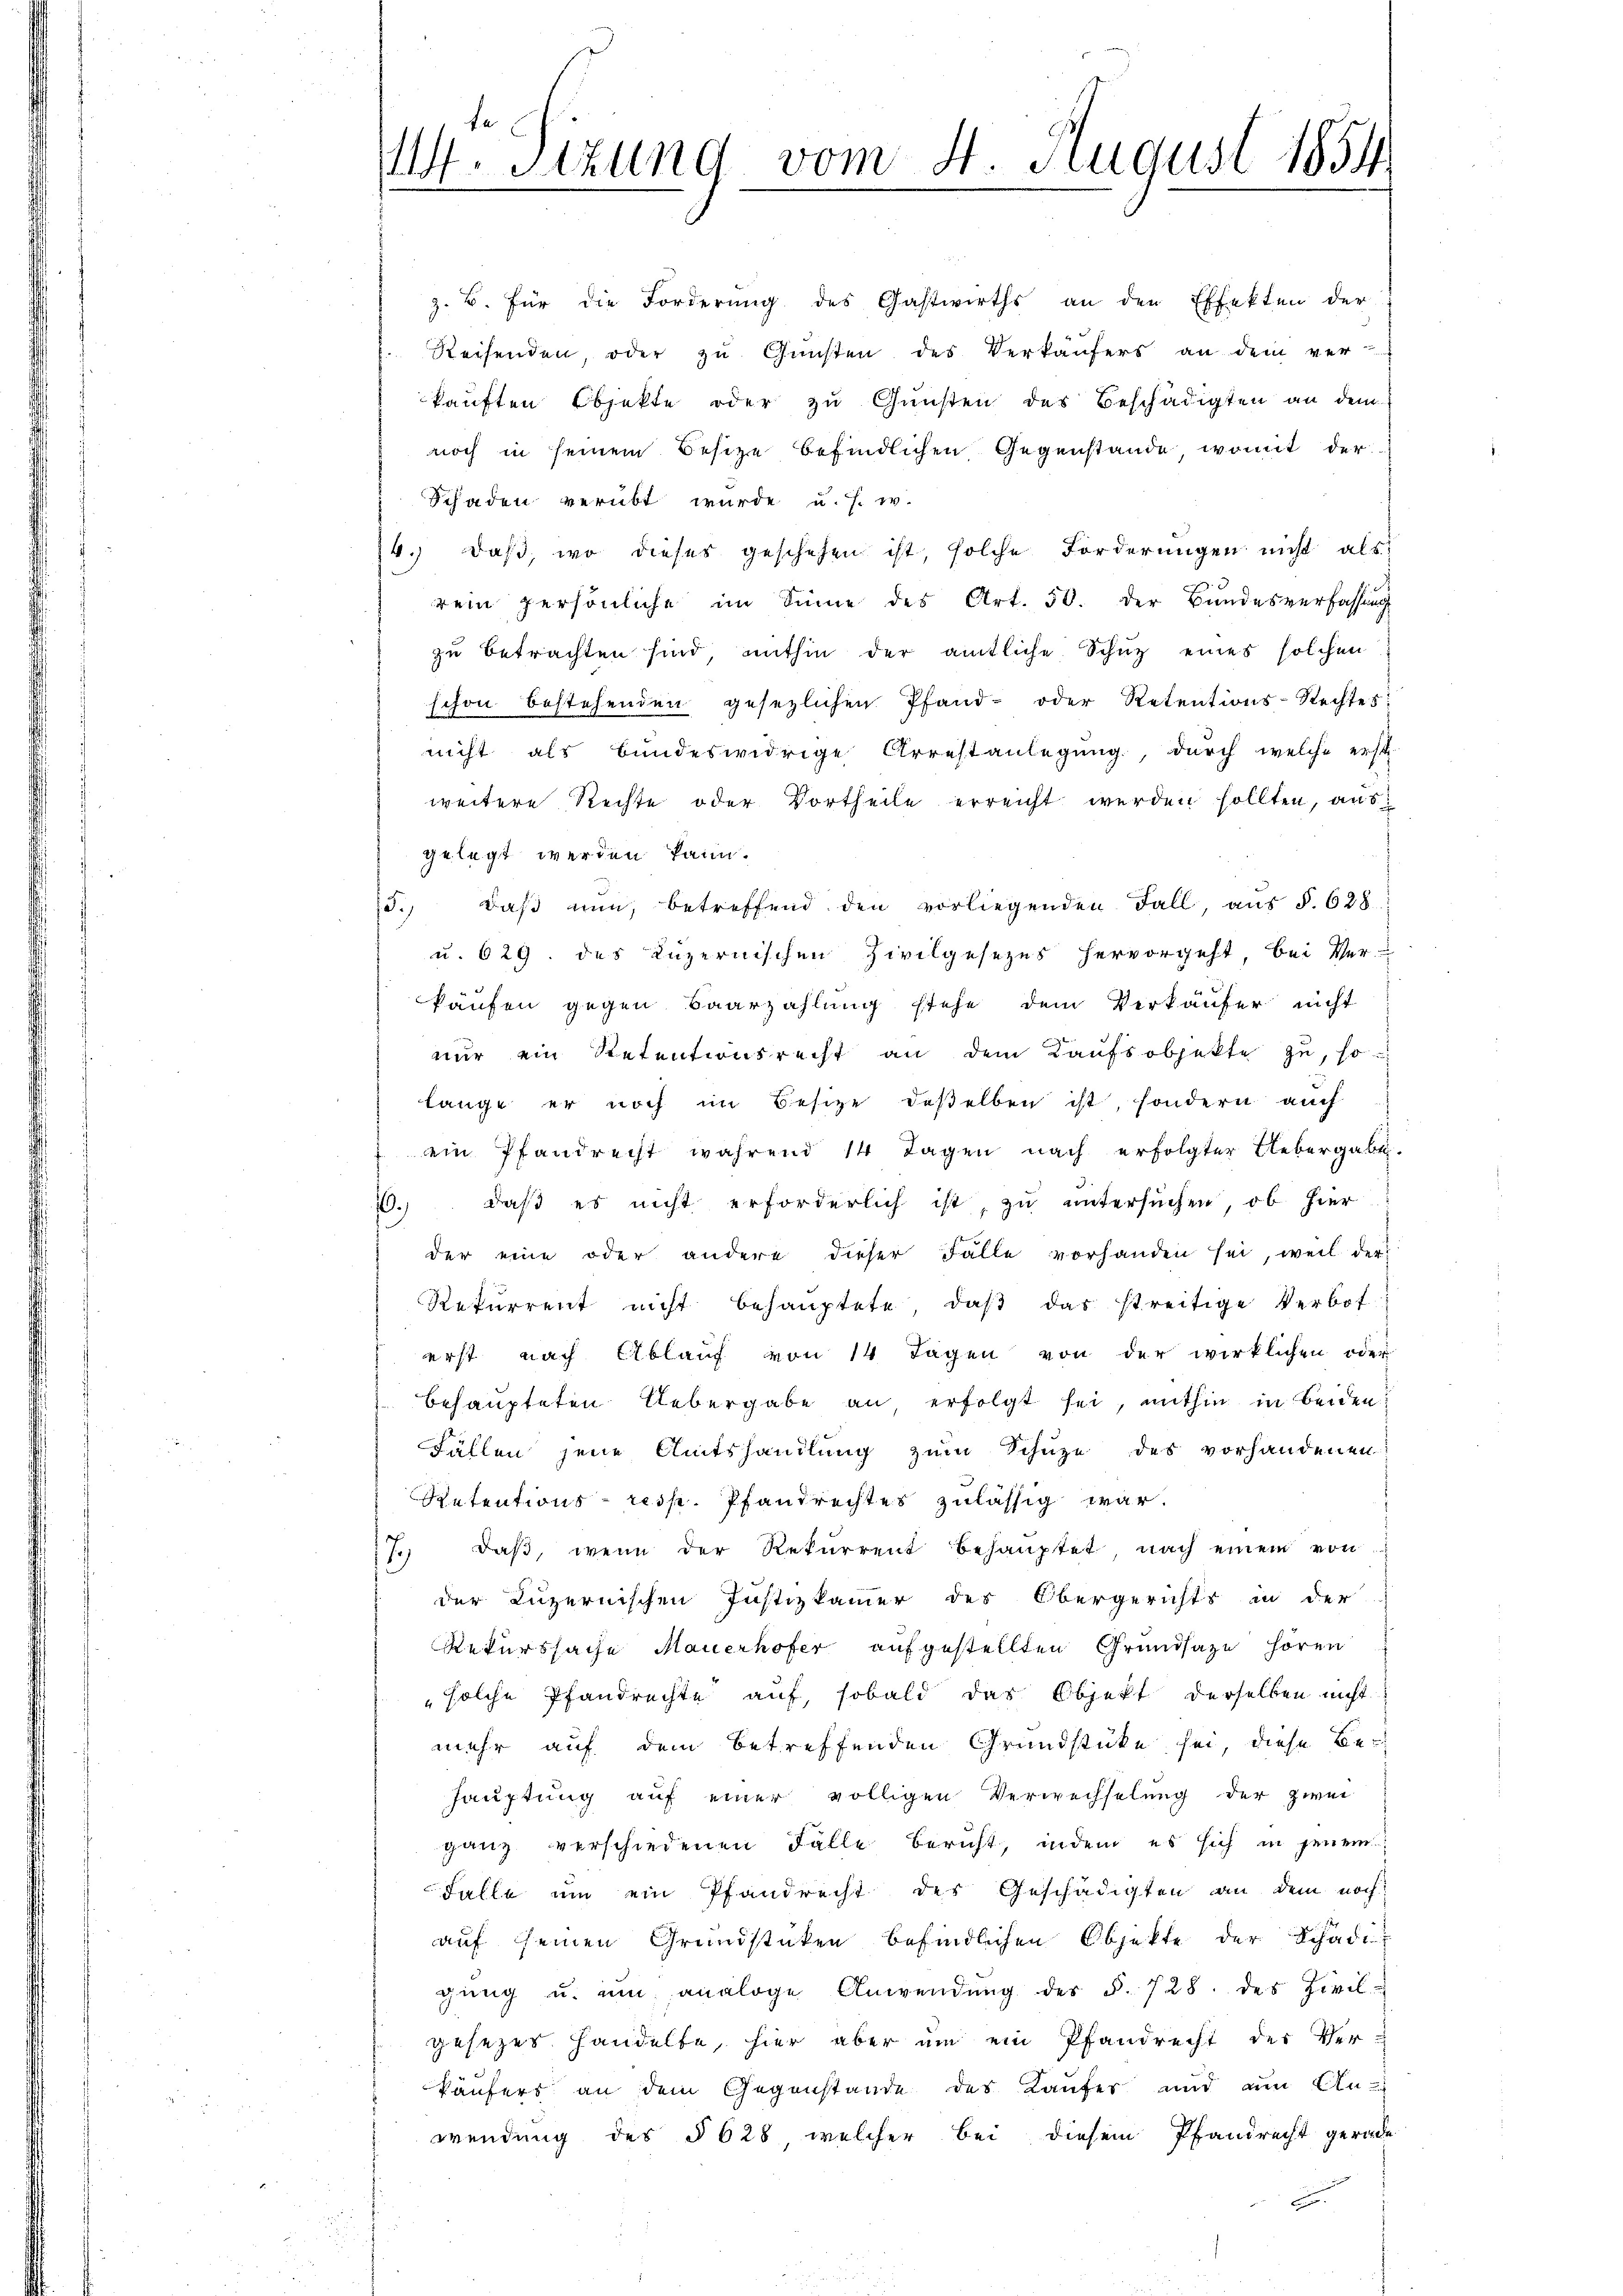
M. Stzung vom 4. August 1854
e

z. B. für die Forderŭng des Gastwirths an den Effekten der
Reisenden, oder zŭ Gŭnsten des Verkäŭfers an dem ver-
kauften Objekte oder zu Gunsten des Beschädigten an dem
noch in seinem Besitze befindlichen Gegenstände womit der
Schaden verübt wurde u. s. w.
4.) daß, wo dieses geschehen ist, solche Forderungen nicht als
rein persönliche im Sinne des Art. 50. der Bundesverfassung
zu betrachten sind, mithin der amtliche Schuz eines solchen
schon bestehenden gesezlichen Pfand- oder Retentions-Rechtes:
nicht als bundeswidrige Arrestanlegŭng, durch welche erst
weitere Rechte oder Vortheile erreicht werden sollten, aus
gelegt werden kann.
15. daβ nŭn, betreffend den vorliegenden Fall, aŭs §. 628.
u. 629. des Luzernischen Zivilgesezes hervorgeht, bei Ver-
käufen gegen Baarzahlung stehe dem Verkäufer nicht
nur ein Retentionsrecht an dem Kaufsobjekte zu, so
lange er noch im Besize deßelben ist, sondern auch
ein Pfandrecht während 14 Tagen nach erfolgter Uebergaben.
1., daß es nicht erforderlich ist, zu untersuchen, ob hier
der eine oder andere dieser Fälle vorhanden sei, weil der
Refurrent nicht behauptete, daβ das streitige Verbot
erst nach Ablauf von 14 Tagen von der wirklichen oder
behaupteten Uebergabe an erfolgt sei, mithin in beiden
Fällen jene Amtshandlung zum Schuze des vorhandenen
Retentions- resp. Pfandrechtes zulässig war.
7.) Daß, wenn der Rekurrent behauptet, nach einem von
der Luzernischen Justizkammer des Obergerichts in der
Rekurssache Mauerhofer aufgestellten Grundsaze hören
solche Pfandrechte auf, sobald das Objekt derselben nicht
mehr auf dem betreffenden Grundstücke sei, diese Be¬
Hauptung auf einer völligen Verwechselung der zwei
ganz verschiedenen Fälle bericht, indem es sich in jenem
Falle um ein Pfandrecht der Geschädigten an dem noch
auf seinen Grundstücken befindlichen Objekte der Schädigŭng u. um analoge Anwendung des §. 728. des Zivil-
gesezes handelte, hier aber am ein Pfandrecht der Ver-
käufers an dem Gegenstände des Kaufer und an An-
wendung des § 628 welcher bei diesem Pfandrecht gerade
c